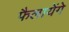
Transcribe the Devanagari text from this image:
फैलायेंगे